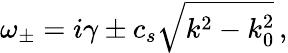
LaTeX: \omega_{\pm}=i\gamma\pm c_{s}\sqrt{k^{2}-k_{0}^{2}}\, ,